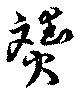
贇